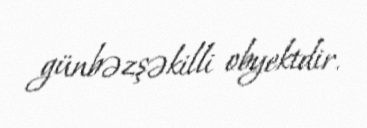
günbəzşəkilli obyektdir.